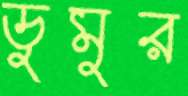
ডুমুর